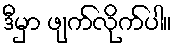
ဒီမှာ ဖျက်လိုက်ပါ။